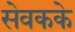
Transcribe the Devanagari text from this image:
सेवकके